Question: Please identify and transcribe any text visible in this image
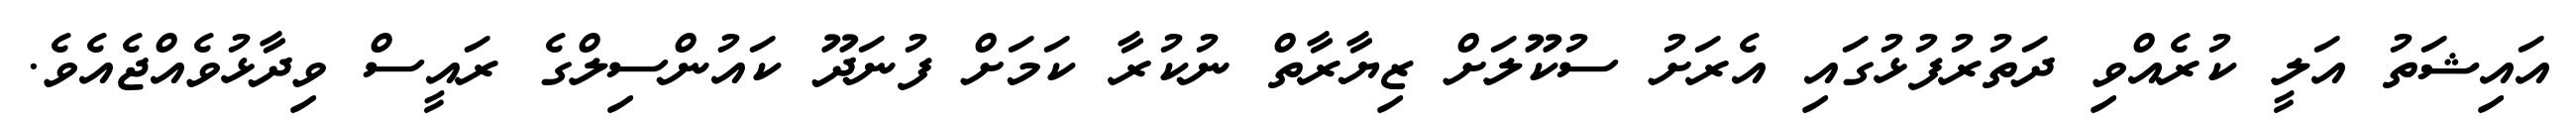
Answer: އައިޝަތު އަލީ ކުރެއްވި ދަތުރުފުޅުގައި އެރަށު ސުކޫލަށް ޒިޔާރާތް ނުކުރާ ކަމަށް ފުނަދޫ ކައުންސިލްގެ ރައީސް ވިދާޅުވެއްޖެއެވެ.